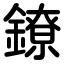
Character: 鐐